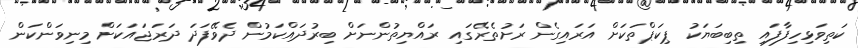
ކަތިވަޅިހިފާފައި ތިބިބަޔަކު ޕިކަޕްތަކަށް އަރައިގެން ރަށުތެރޭގައި ރައްޔިތުންނަށް ބިރުދައްކަމުން ދެވޭފަދަ ދަރަޖައަކަށް މިނިވަންކަން